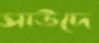
সাউদে